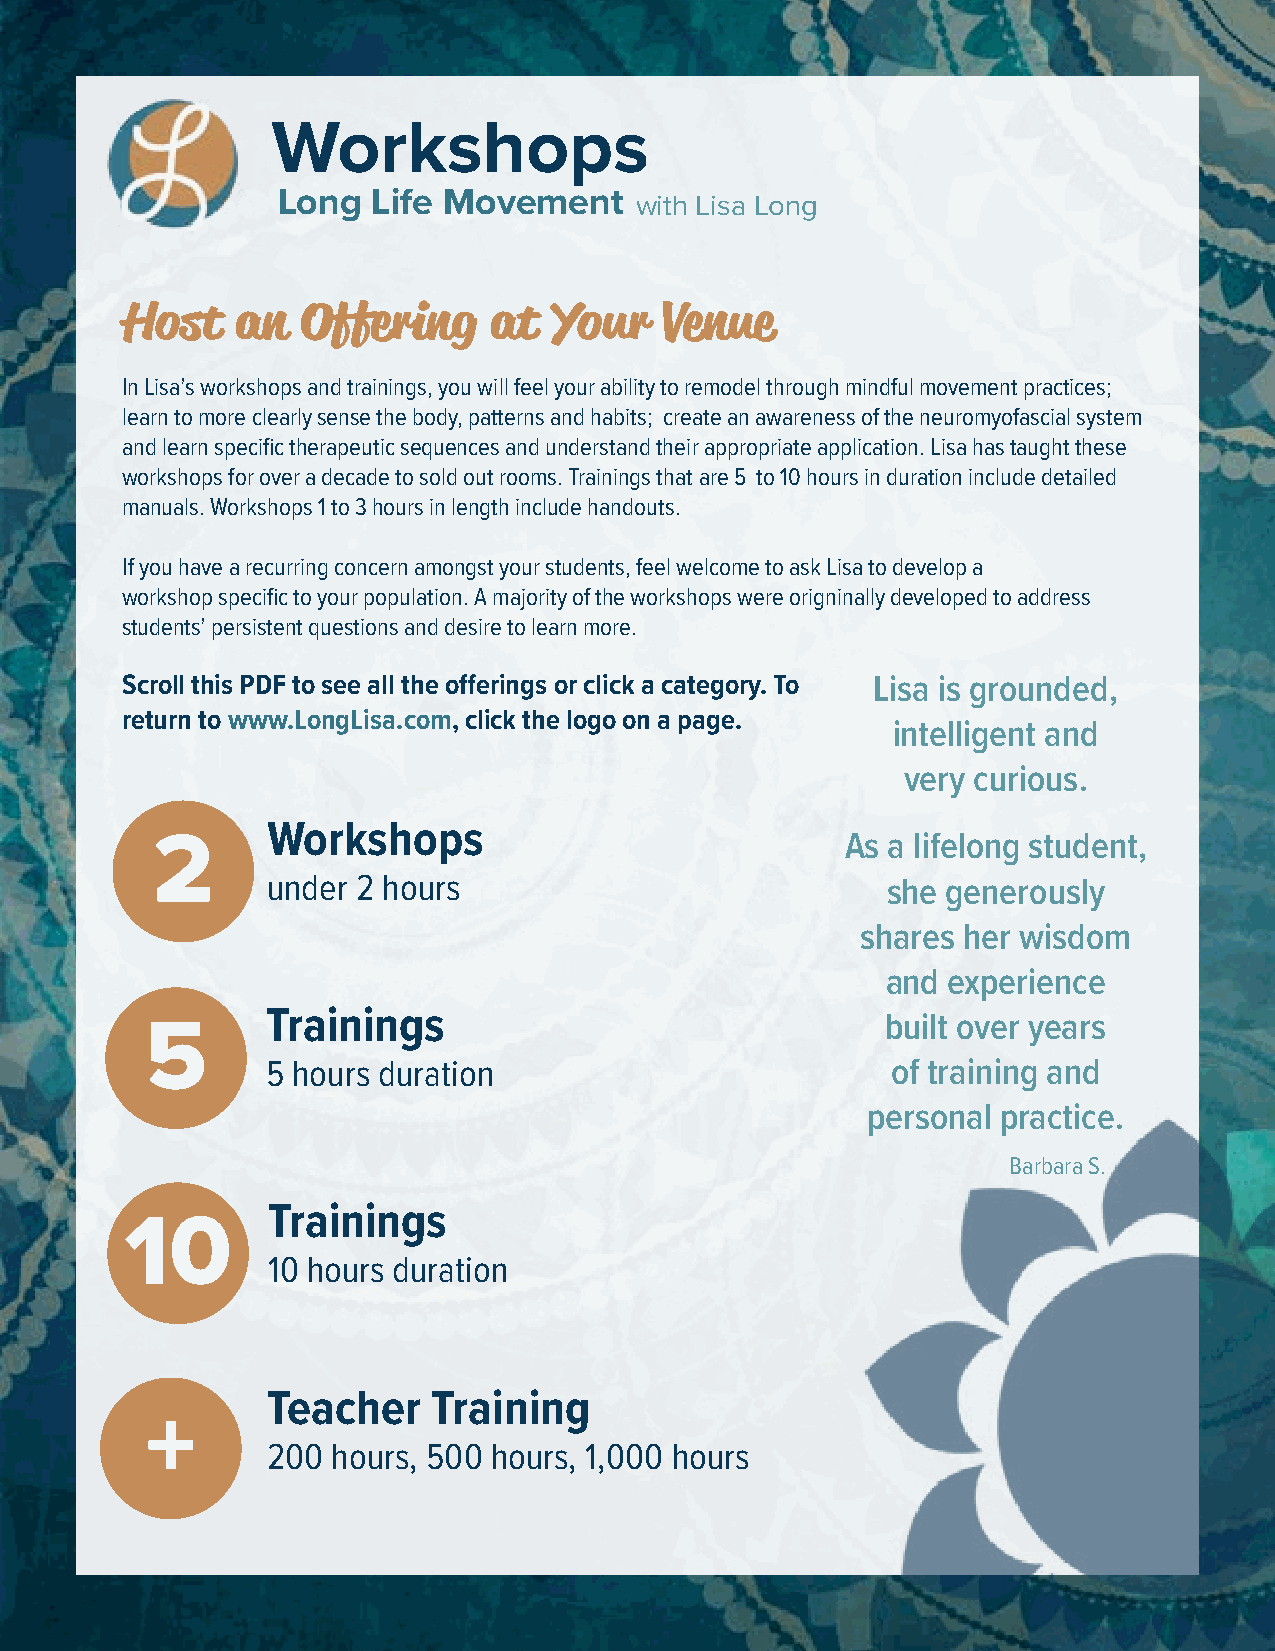
Workshops
 Long   Life Movement    with Lisa Long
 Host    an  Offering    at   Your   Venue
 In Lisa’s workshops and trainings, you will feel your ability to remodel through mindful movement practices;
 learn to more clearly sense the body, patterns and habits; create an awareness of the neuromyofascial system
 and learn specific therapeutic sequences and understand their appropriate application. Lisa has taught these
 workshops for over a decade to sold out rooms. Trainings that are 5 to 10 hours in duration include detailed
 manuals. Workshops 1 to 3 hours in length include handouts.
 If you have a recurring concern amongst your students, feel welcome to ask Lisa to develop a
 workshop specific to your population. A majority of the workshops were origninally developed to address
 students’ persistent questions and desire to learn more.
 Scroll this PDF to see all the offerings or click a category. To Lisa is grounded,
 return to www.LongLisa.com, click the logo on a page.
 intelligent and
 very curious.
 Workshops
 2                                             As a lifelong student,
 under 2 hours                            she generously
 shares her wisdom
 and experience
 Trainings                                built over years
 5
 5 hours duration                         of training and
 personal practice.
 Barbara S.
 Trainings
 10
 10 hours duration
 Teacher    Training
 +
 200 hours, 500 hours, 1,000 hours